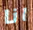
انا